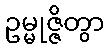
ဥမ္မုဇ္ဇိတွာ